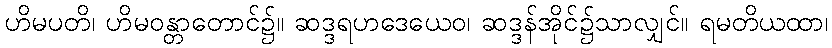
ဟိမပတိ၊ ဟိမဝန္တာတောင်၌။ ဆဒ္ဒရဟဒေယေဝ၊ ဆဒ္ဒန်အိုင်၌သာလျှင်။ ရမတိယထာ၊